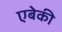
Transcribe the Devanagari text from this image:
एबेकी